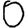
Digit: 0